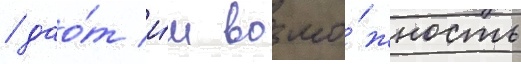
/ дао́т и́м возмо́жность